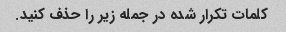
کلمات تکرار شده در جمله زیر را حذف کنید.